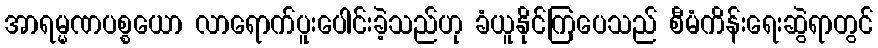
အာရမ္မဏပစ္စယော လာရောက်ပူးပေါင်းခဲ့သည်ဟု ခံယူနိုင်ကြပေသည် စီမံကိန်းရေးဆွဲရာတွင်